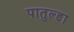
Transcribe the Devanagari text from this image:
पातुल्डा